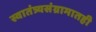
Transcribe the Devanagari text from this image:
स्वातंत्र्यसंग्रामातही